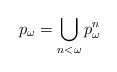
LaTeX: \begin{align*}p_\omega = \bigcup_{n<\omega} p^n_\omega\end{align*}